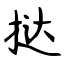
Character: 挞